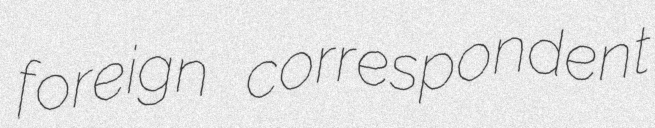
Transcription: foreign correspondent